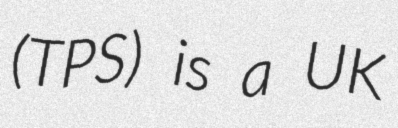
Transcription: (TPS) is a UK